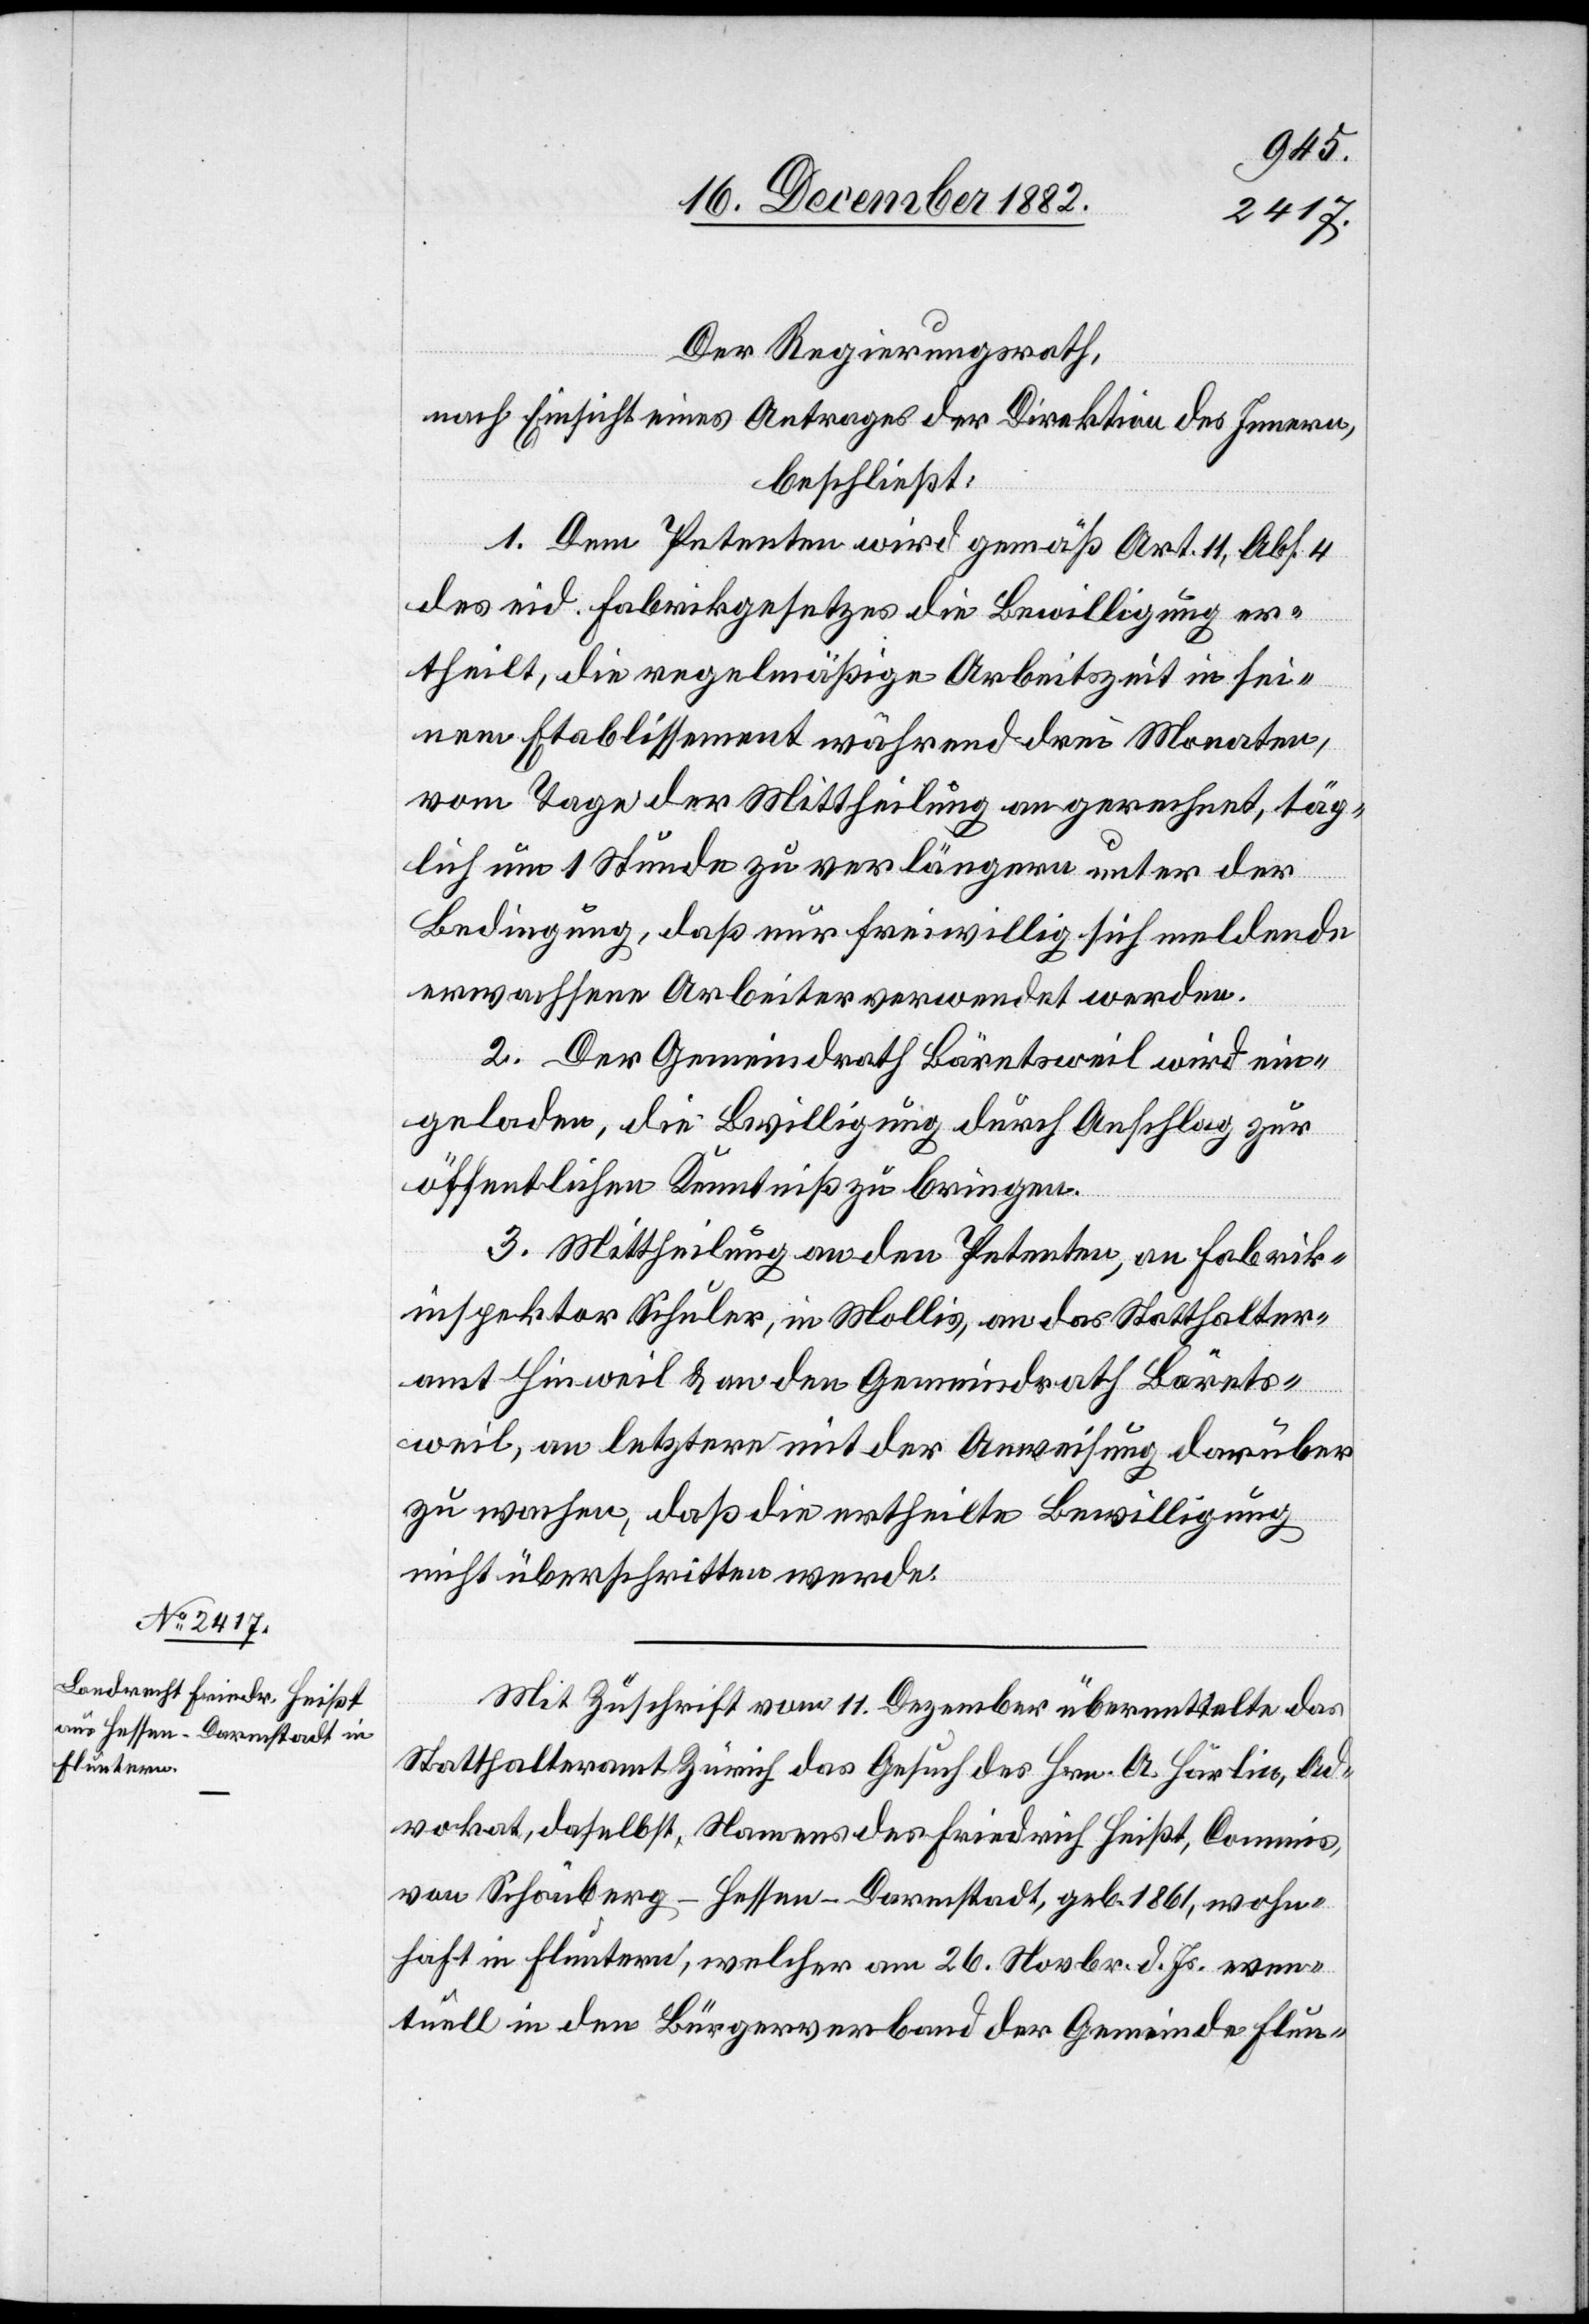
Der Regierungsrath,
nach Einsicht eines Antrages der Direktion des Innern,
beschließt:
1. Dem Petenten wird gemäß Art. 11, Abs. 4
des eid. Fabrikgesetzes die Bewilligung er¬
theilt, die regelmäßige Arbeitszeit in sei¬
nem Etablissement während drei Monaten,
vom Tage der Mittheilung an gerechnet, täg¬
lich um 1 Stunde zu verlängern unter der
Bedingung, daß nur freiwillig sich meldende
erwachsene Arbeiter verwendet werden.
2. Der Gemeindrath Bäretsweil wird ein¬
geladen, die Bewilligung durch Anschlag zur
öffentlichen Kenntniß zu bringen.
3. Mittheilung an den Petenten, an Fabrik¬
inspektor Schuler, in Mollis, an das Statthalter¬
amt Hinweil & an den Gemeindrath Bärets¬
weil, an letztere mit der Anweisung darüber
zu wachen, daß die ertheilte Bewilligung
nicht überschritten werde.
Mit Zuschrift vom 11. Dezember übermittelte das
Statthalteramt Zürich das Gesuch des Hrn. A. Häberlin, Ad¬
vokat, daselbst, Namens des Friedrich Heißt, Commis,
von Schönberg - Hessen - Darmstadt, geb. 1861, wohn¬
haft in Fluntern, welcher am 26. Novbr. d. Js. even¬
tuell in den Bürgerverband der Gemeinde Flun-